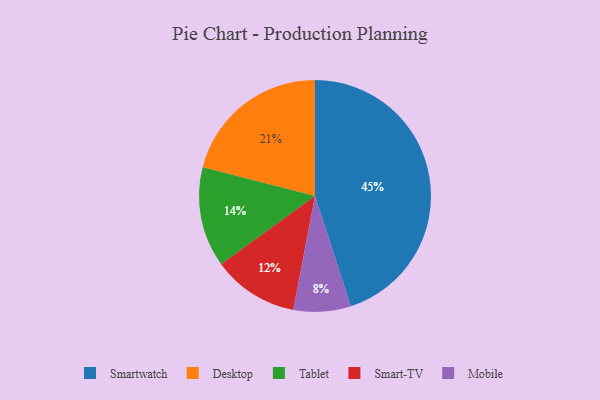
{"axis": {"x": "Category", "y": "Percentage"}, "legend": ["Desktop", "Mobile", "Smart-TV", "Smartwatch", "Tablet"], "data": [{"x": "Mobile", "y": 8, "type": "Mobile"}, {"x": "Desktop", "y": 21, "type": "Desktop"}, {"x": "Tablet", "y": 14, "type": "Tablet"}, {"x": "Smart-TV", "y": 12, "type": "Smart-TV"}, {"x": "Smartwatch", "y": 45, "type": "Smartwatch"}]}